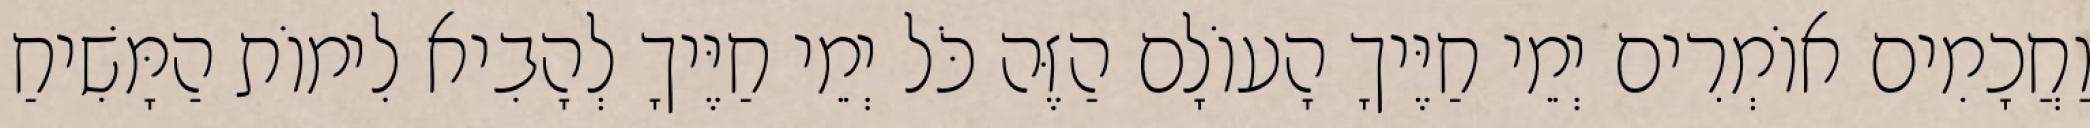
וַחֲכָמִים אוֹמְרִים יְמֵי חַיֶּיךָ הָעוֹלָם הַזֶּה כֹּל יְמֵי חַיֶּיךָ לְהָבִיא לִימוֹת הַמָּשִׁיחַ